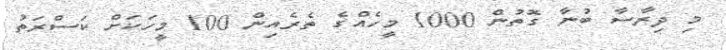
މި ދިރާސާ ބުނާ ގޮތުން 1000 މީހެއްގެ ތެރެއިން 100 މީހަކަށް ކަސްރަތު